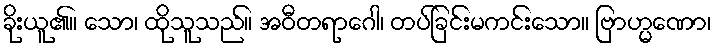
ခိုးယူ၏။ သော၊ ထိုသူသည်။ အဝီတရာဂေါ၊ တပ်ခြင်းမကင်းသော။ ဗြာဟ္မဏော၊